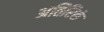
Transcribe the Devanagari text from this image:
अतिरिक्तं